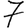
Digit: 7